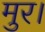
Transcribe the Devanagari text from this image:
मुर।